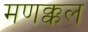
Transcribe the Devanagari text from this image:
मणक्कल